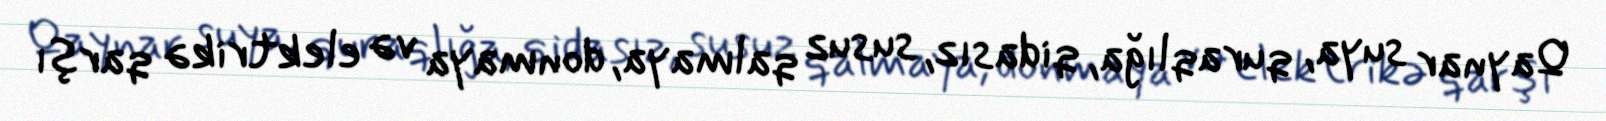
Qaynar suya, quraqlığa, qidasız, susuz qalmaya, donmaya və elektrikə qarşı